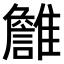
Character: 𩁏